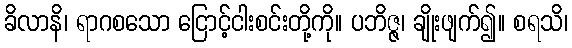
ခိလာနိ၊ ရာဂစသော ငြောင့်ငါးစင်းတို့ကို။ ပဘိဇ္ဇ၊ ချိုးဖျက်၍။ စရသိ၊